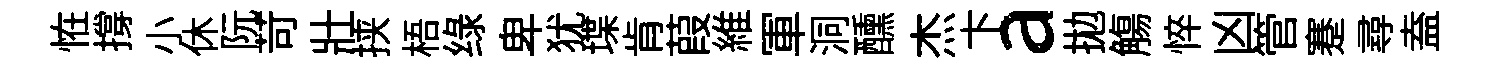
恠撐小休阮苛壯挟梧绿卑犹堞肯葭維軍洞醺杰卞a拋觴悴凶管蹇尋盍